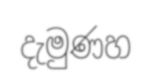
දැමුණහ